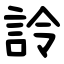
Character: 詅